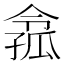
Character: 𡦈